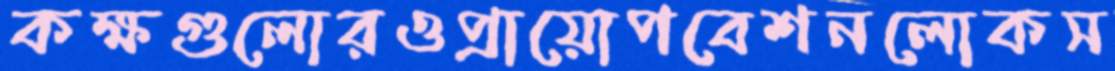
কক্ষগুলোরওপ্রায়োপবেশনলোকস